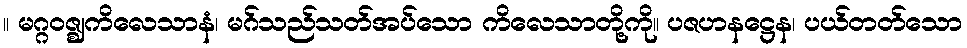
။ မဂ္ဂဝဇ္ဈကိလေသာနံ၊ မဂ်သည်သတ်အပ်သော ကိလေသာတို့ကို။ ပဇဟနဋ္ဌေန၊ ပယ်တတ်သော